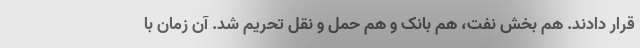
قرار دادند. هم بخش نفت، هم بانک و هم حمل و نقل تحریم شد. آن زمان با